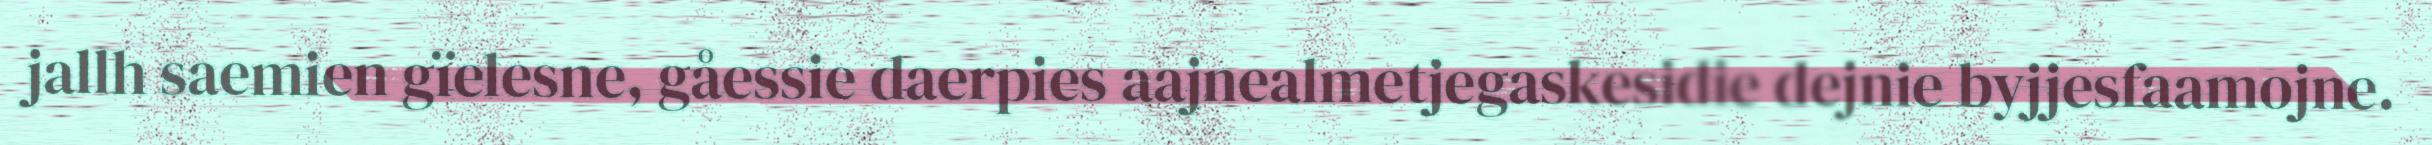
jallh saemien gïelesne, gåessie daerpies aajnealmetjegaskesidie dejnie byjjesfaamojne.